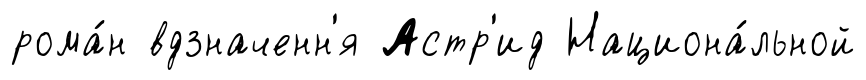
рома́н вдзначенн'я Астр'ид Национа́льной